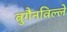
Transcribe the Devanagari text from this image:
बुगैनविल्ले